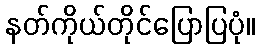
နတ်ကိုယ်တိုင်ပြောပြပုံ။